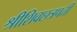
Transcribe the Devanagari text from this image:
श्रीशिवछत्रपती